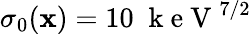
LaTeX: \sigma_{0}(\mathbf{x})=10\; \mathrm{{~k~e~V~}}^{7/2}